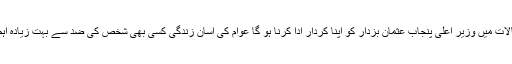
ان حالات میں وزیر اعلیٰ پنجاب عثمان بزدار کو اپنا کردار ادا کرنا ہو گا عوام کی آسان زندگی کسی بھی شخص کی ضد سے بہت زیادہ اہم ہے۔